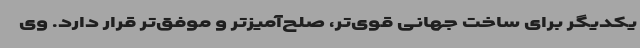
یکدیگر برای ساخت جهانی قوی‌تر، صلح‌آمیزتر و موفق‌تر قرار دارد. وی